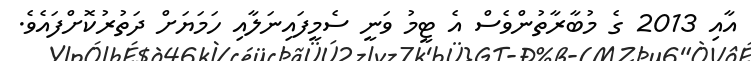
އާއި 2013 ގެ މުބާރާތުންވެސް އެ ޓީމު ވަނީ ސެމީފައިނަލާއި ހަމަޔަށް ދަތުރުކޮށްފަައެވެ.